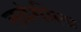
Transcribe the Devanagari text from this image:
लवंगीला